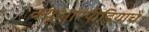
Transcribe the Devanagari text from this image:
क्यूआरपीडियाचे